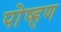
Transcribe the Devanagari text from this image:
पोष्हण